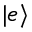
| e \rangle